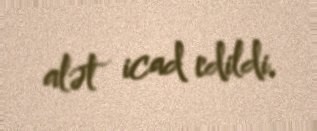
alət icad edildi.